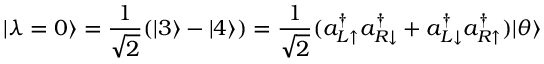
| \lambda = 0 \rangle = \frac { 1 } { \sqrt { 2 } } ( | 3 \rangle - | 4 \rangle ) = \frac { 1 } { \sqrt { 2 } } ( a _ { L \uparrow } ^ { \dag } a _ { R \downarrow } ^ { \dag } + a _ { L \downarrow } ^ { \dag } a _ { R \uparrow } ^ { \dag } ) | \theta \rangle